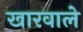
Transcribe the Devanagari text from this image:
खारवाले